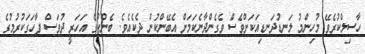
ހާސިލްކުރެވޭ މުހިންމު ލަނޑުދަނޑިއަކަށްވެސް ވެގެންދާނެކަމަށް އެބޭންކުން ދެކެއެވެ. ބެންކުގެ އަހަރީ ދުވަސް ފާހަގަކުރުމުގެ